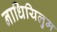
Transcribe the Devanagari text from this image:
नाधियिलुम